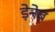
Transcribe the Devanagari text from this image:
ड़ेनेब